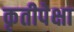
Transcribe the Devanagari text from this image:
कृतीपेक्षा